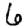
Digit: 6